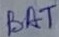
Text: BAT